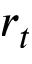
r _ { t }